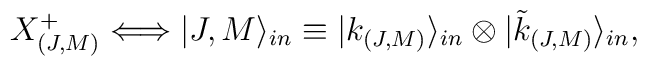
X^+_{(J, M)} \Longleftrightarrow |J, M\rangle_{in} \equiv   |k_{(J, M)}\rangle_{in} \otimes |\tilde{k}_{(J, M)}\rangle_{in},